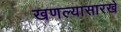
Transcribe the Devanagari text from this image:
खणल्यासारखे